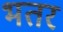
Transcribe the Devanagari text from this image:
भतर